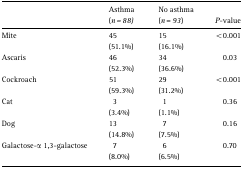
<table><thead><tr><td></td><td><b>Asthma (<i>n=88)</i></b></td><td><b>No asthma (<i>n</i>=<i>93</i>)</b></td><td><b><i>P</i>-value</b></td></tr></thead><tbody><tr><td>Mite</td><td>45</td><td>15</td><td>&lt;0.001</td></tr><tr><td></td><td>(51.1%)</td><td>(16.1%)</td><td></td></tr><tr><td>Ascaris</td><td>46</td><td>34</td><td>0.03</td></tr><tr><td></td><td>(52.3%)</td><td>(36.6%)</td><td></td></tr><tr><td>Cockroach</td><td>51</td><td>29</td><td>&lt;0.001</td></tr><tr><td></td><td>(59.3%)</td><td>(31.2%)</td><td></td></tr><tr><td>Cat</td><td>3</td><td>1</td><td>0.36</td></tr><tr><td></td><td>(3.4%)</td><td>(1.1%)</td><td></td></tr><tr><td>Dog</td><td>13</td><td>7</td><td>0.16</td></tr><tr><td></td><td>(14.8%)</td><td>(7.5%)</td><td></td></tr><tr><td>Galactose-α 1,3-galactose</td><td>7</td><td>6</td><td>0.70</td></tr><tr><td></td><td>(8.0%)</td><td>(6.5%)</td><td></td></tr></tbody></table>